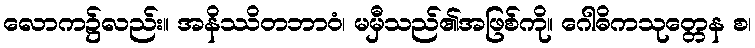
လောက၌လည်း။ အနိဿိတဘာဝံ၊ မမှီသည်၏အဖြစ်ကို။ ဂေါဓိကသုတ္တေန စ၊